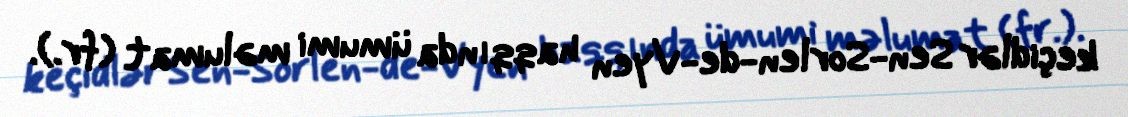
keçidlər Sen-Sorlen-de-Vyen haqqında ümumi məlumat (fr.).